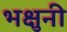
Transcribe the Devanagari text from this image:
भक्षुनी